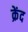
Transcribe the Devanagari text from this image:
क्रेंद